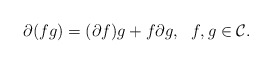
\begin{align*}\partial(fg)=(\partial f)g+f\partial g,\ \ f,g\in\mathcal{C}.\end{align*}